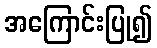
အကြောင်းပြု၍